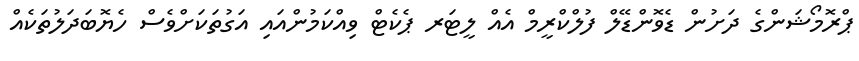
ޕްރޮމޯޝަންގެ ދަށުން ޑެވޮންޑޭލް ފުލްކްރީމް އެއް ލީޓަރ ޕެކެޓް ވިއްކަމުންއައި އަގުތަކަށްވެސް ހެޔޮބަދަލުތަކެއް